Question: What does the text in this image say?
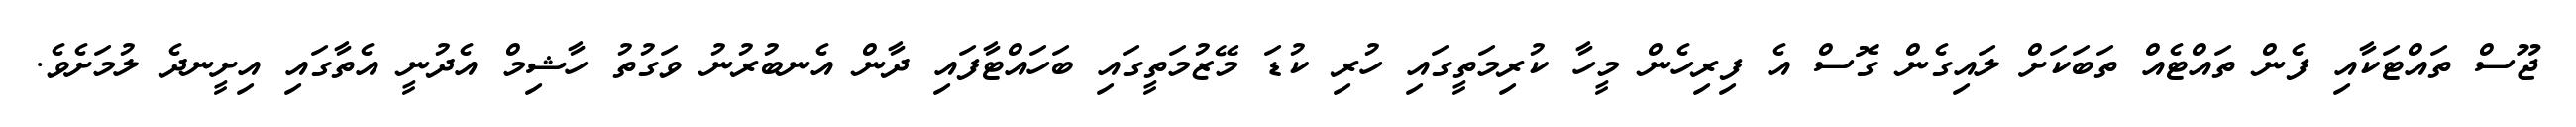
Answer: ޖޫސް ތައްޓަކާއި ފެން ތައްޓެއް ތަބަކަށް ލައިގެން ގޮސް އެ ފިރިހެން މީހާ ކުރިމަތީގައި ހުރި ކުޑަ މޭޒުމަތީގައި ބަހައްޓާފައި ދާން އެނބުރުނު ވަގުތު ހާޝިމް އެދުނީ އެތާގައި އިށީނދެ ލުމަށެވެ.